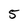
Character: 5